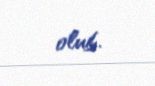
olub.